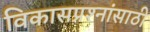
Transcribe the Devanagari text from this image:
विकासप्रश्नांसाठी